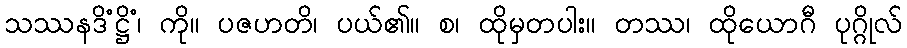
သဿနဒိံဋ္ဌိံ၊ ကို။ ပဇဟတိ၊ ပယ်၏။ စ၊ ထိုမှတပါး။ တဿ၊ ထိုယောဂီ ပုဂ္ဂိုလ်